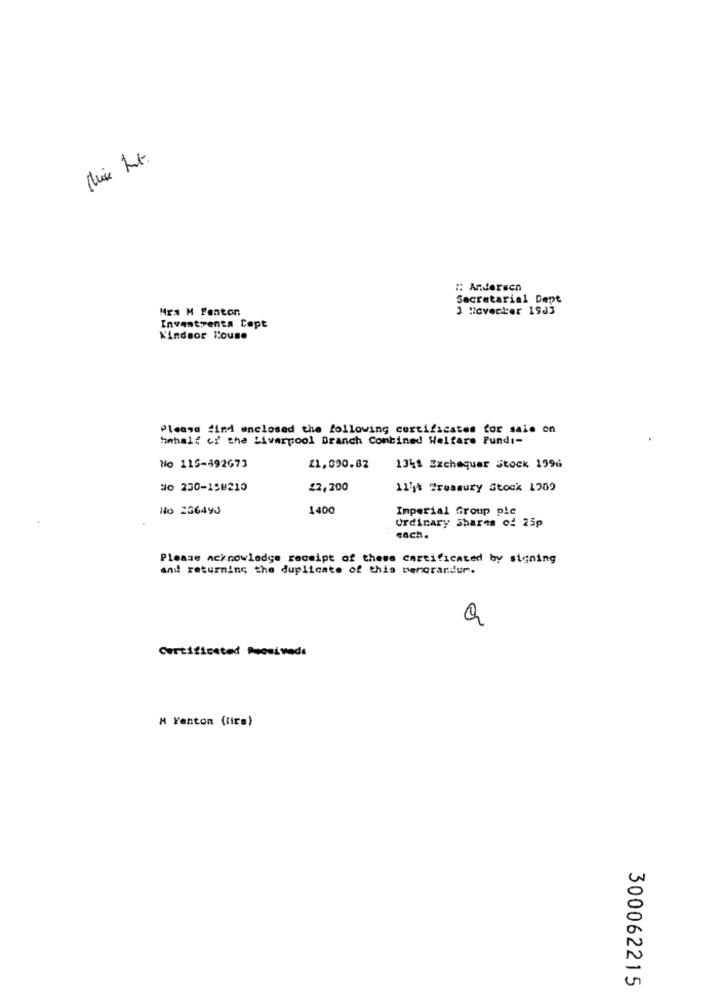
:: Anderscn
Secretarial Dept
Mrs H Fenton
3 "overter 15d3
Investrenta Cept
Windsor House
Please find enclosed the following certificates for sale on
hahalf of the Liverpool Branch Combined Welfare Pundi-
No 115-492673
£1.090.82
13%t Exchequer Stock 1996
No 230-158210
22,200
114% Treasury Stock 1209
No 236493
1400
Imperial Group plc
Ordinary Shares of 25p
each.
Please acknowledge receipt of these certificated by signing
and returning the duplicate of this berorandur.
Q
Certificated Receivede
M Fenton (tirs)
300062215